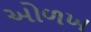
અોળખ